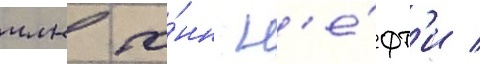
млн то́нн н'е́фт'и /